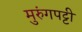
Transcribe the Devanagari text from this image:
मुरुंगपट्टी